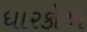
ધારકોએ